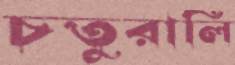
চতুরালি